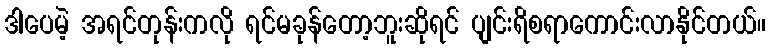
ဒါပေမဲ့ အရင်တုန်းကလို ရင်မခုန်တော့ဘူးဆိုရင် ပျင်းရိစရာကောင်းလာနိုင်တယ်။